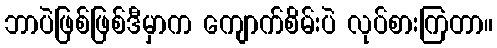
ဘာပဲဖြစ်ဖြစ်ဒီမှာက ကျောက်စိမ်းပဲ လုပ်စားကြတာ။